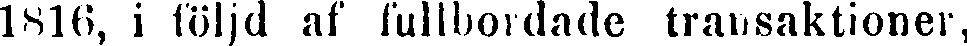
1816, i följd af fullbordade transaktioner,